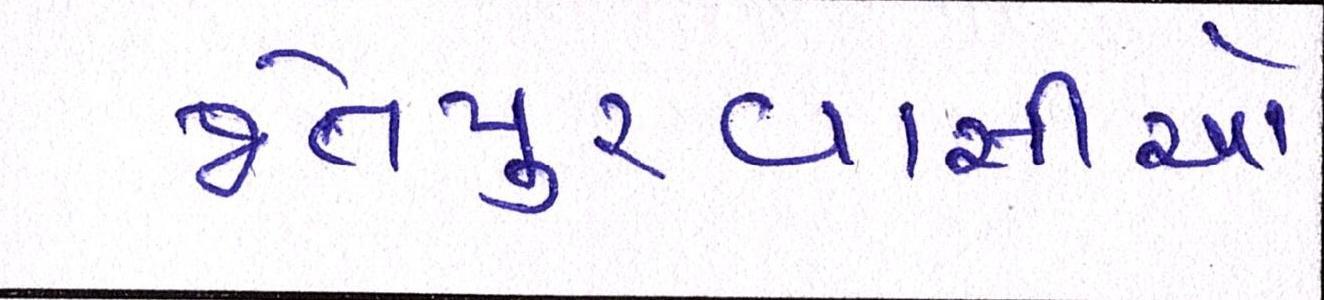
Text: જેતપુરવાસીઓ